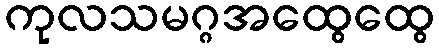
ကုလသမဂ္ဂအထွေထွေ